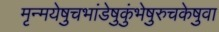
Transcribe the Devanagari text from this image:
मृन्मयेषुचभांडेषुकुंभेषुरुचकेषुवा